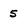
Character: 5